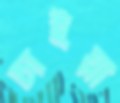
চাইয়া